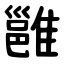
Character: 雝